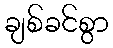
ချစ်ခင်စွာ